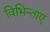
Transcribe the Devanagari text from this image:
विभिन्ताए